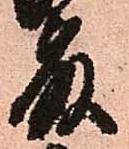
藤